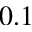
0 . 1